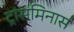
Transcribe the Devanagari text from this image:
ट्रांसमिनास